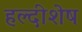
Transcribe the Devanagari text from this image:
हल्दीशेष